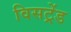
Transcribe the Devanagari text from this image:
विसट्रेंड